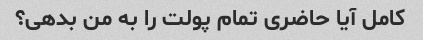
کامل آیا حاضری تمام پولت را به من بدهی؟